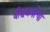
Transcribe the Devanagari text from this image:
बौद्धधर्माची